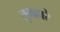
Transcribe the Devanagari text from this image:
तुमहारे